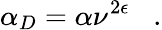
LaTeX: \alpha_{D}=\alpha\nu^{2\epsilon}\; \; \; .